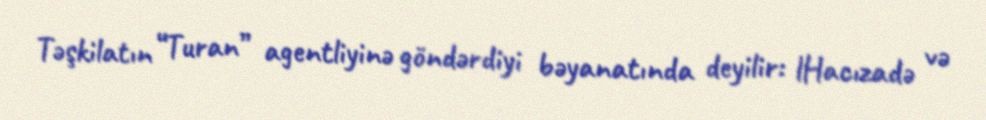
Təşkilatın “Turan” agentliyinə göndərdiyi bəyanatında deyilir: lHacızadə və